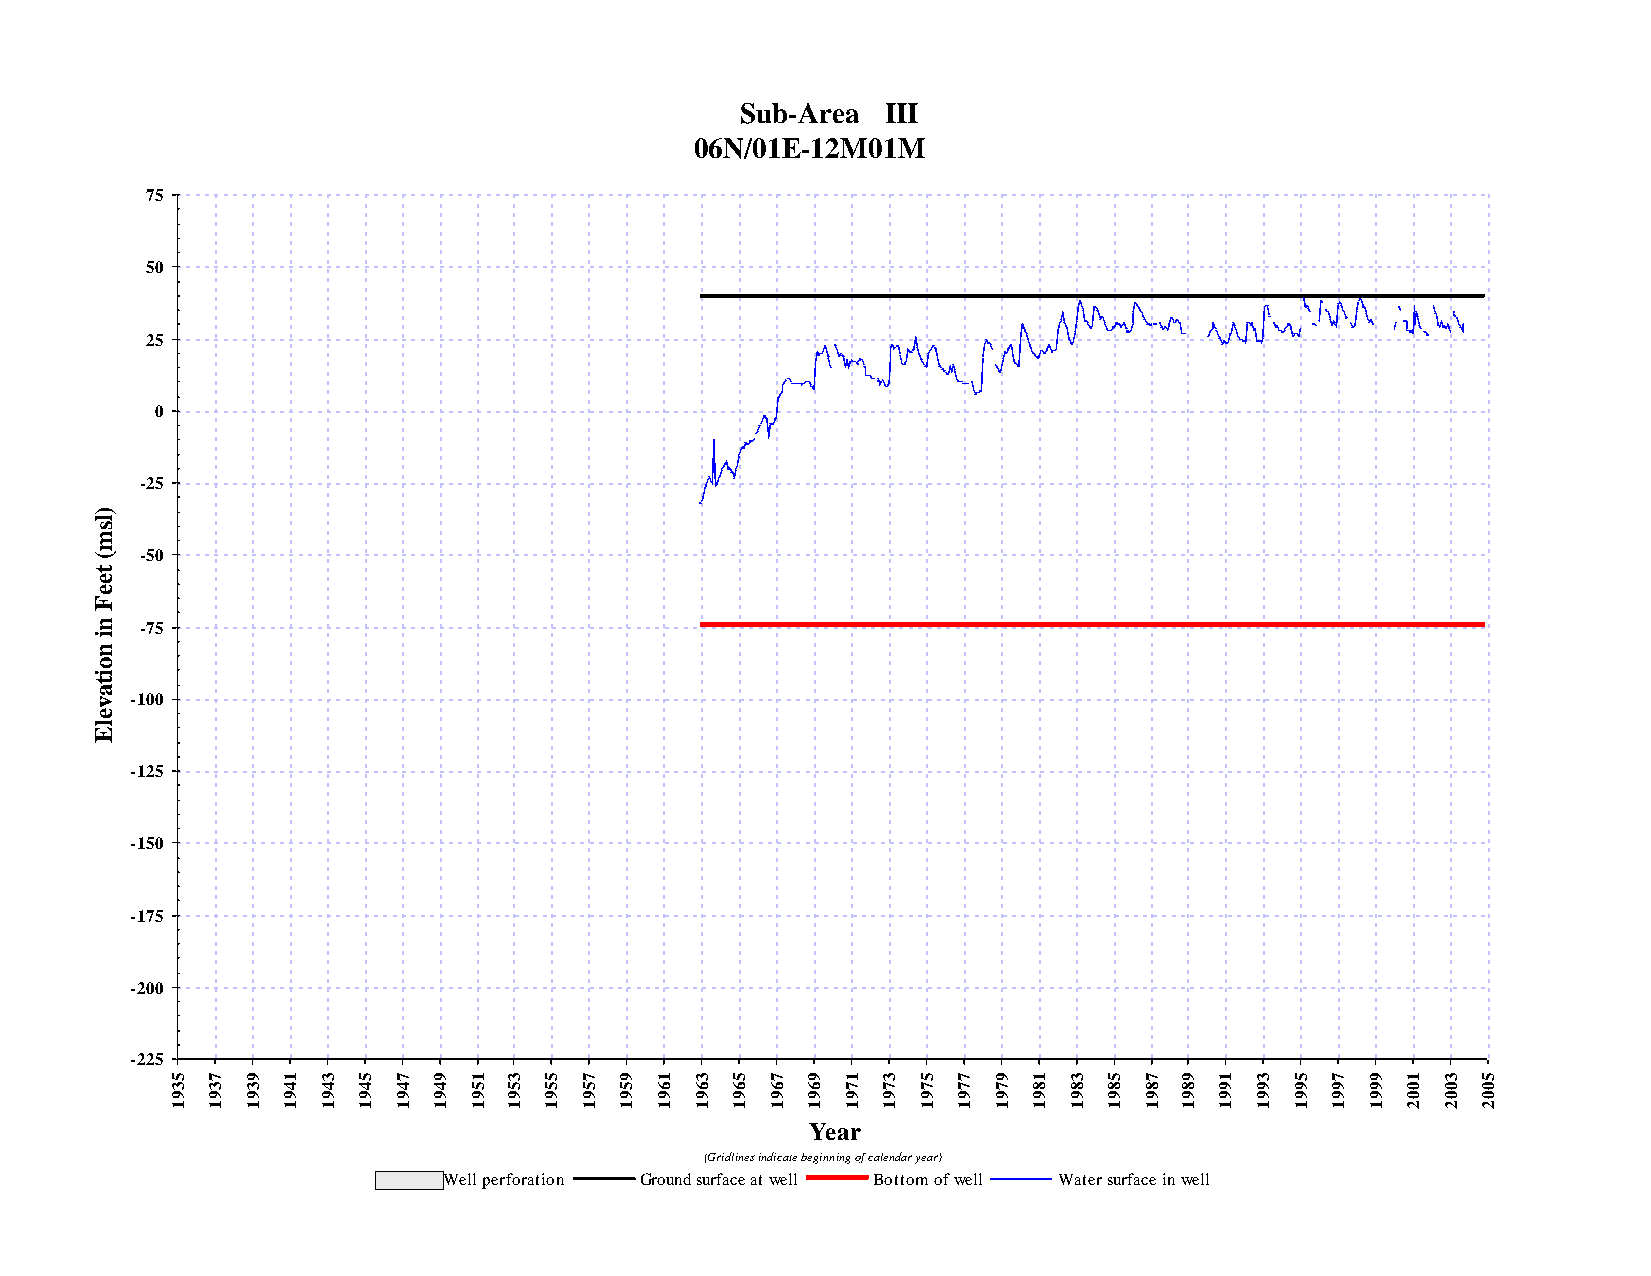
Sub-Area  III
 06N/01E-12M01M
 75
 50
 25
 0
 -25
 )
 l
 s
 m
 (  -50
 t
 e
 e
 F
 n  -75
 i
 n
 o
 i
 t
 a
 v  -100
 e
 l
 E
 -125
 -150
 -175
 -200
 -225
 5  7 9  1 3  5 7  9 1  3 5 7  9 1  3 5  7 9  1 3  5 7  9 1  3 5  7 9  1 3  5 7  9 1  3 5
 3  3 3  4 4  4 4  4 5  5 5 5  5 6  6 6  6 6  7 7  7 7  7 8  8 8  8 8  9 9  9 9  9 0  0 0
 9  9 9  9 9  9 9  9 9  9 9 9  9 9  9 9  9 9  9 9  9 9  9 9  9 9  9 9  9 9  9 9  9 0  0 0
 1  1 1  1 1  1 1  1 1  1 1 1  1 1  1 1  1 1  1 1  1 1  1 1  1 1  1 1  1 1  1 1  1 2  2 2
 Year
 (Gridlines indicate beginning of calendar year)
 Well perforation Ground surface at well Bottom of well Water surface in well